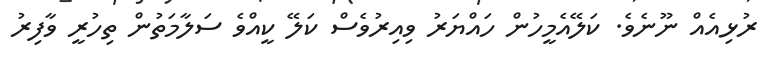
ރުޅިއެއް ނޫނެވެ. ކަލޭއެމީހުން ހައްޔަރު ވިއިރުވެސް ކަލޭ ކީއްވެ ސަލާމަތުން ތިހުރީ ވާފިރު